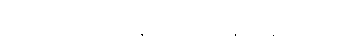
သူတို့ကျတော့ နေရာကျယ်ဝန်းလွန်းလှတယ်။